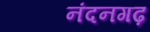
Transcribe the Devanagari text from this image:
नंदनगढ़